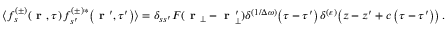
\langle f _ { s } ^ { ( \pm ) } \! \left( \textbf { r } , \tau \right) f _ { s ^ { \prime } } ^ { ( \pm ) * } \! \left( \textbf { r } ^ { \prime } , \tau ^ { \prime } \right) \rangle = \delta _ { s s ^ { \prime } } F ( \textbf { r } _ { \bot } - \textbf { r } _ { \bot } ^ { \prime } ) \delta ^ { ( 1 / \Delta \omega ) } \! \left( \tau - \tau ^ { \prime } \right) \delta ^ { ( \varepsilon ) } \! \left( z - z ^ { \prime } + c \left( \tau - \tau ^ { \prime } \right) \right) .